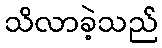
သိလာခဲ့သည်